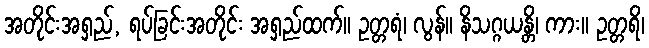
အတိုင်းအရှည်, ရပ်ခြင်းအတိုင်း အရှည်ထက်။ ဥတ္တရံ၊ လွန်။ နိသဂ္ဂယန္တိ၊ ကား။ ဥတ္တရိ၊